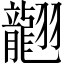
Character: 𦒮